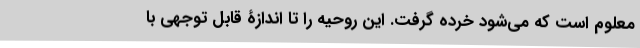
معلوم است که می‌شود خرده گرفت. این روحیه را تا اندازۀ قابل توجهی با